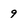
Character: 9